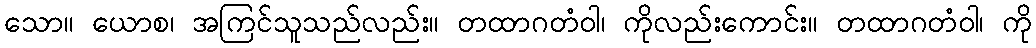
သော။ ယောစ၊ အကြင်သူသည်လည်း။ တထာဂတံဝါ၊ ကိုလည်းကောင်း။ တထာဂတံဝါ၊ ကို